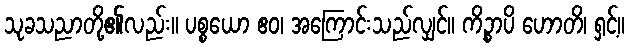
သုခသညာတို့၏လည်း။ ပစ္စယော ဧဝ၊ အကြောင်းသည်လျှင်။ ကိဉ္စာပိ ဟောတိ၊ ရှင့်။